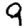
Digit: 9